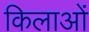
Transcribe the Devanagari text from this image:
किलाओं